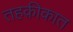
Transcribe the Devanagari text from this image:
तहक़ीकात